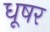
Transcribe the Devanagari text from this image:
धूषर